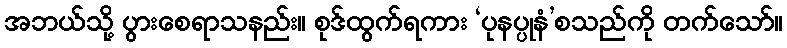
အဘယ်သို့ ပွားစေရာသနည်း။ စုဒ်ထွက်ရကား ‘ပုနပ္ပုနံ’စသည်ကို တက်သော်။